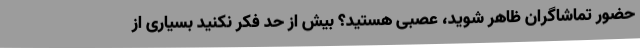
حضور تماشاگران ظاهر شوید، عصبی هستید؟ بیش از حد فکر نکنید بسیاری از